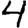
Digit: 4